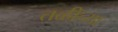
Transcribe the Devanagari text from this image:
तळीच्या